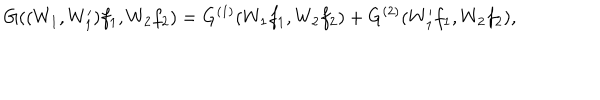
G ( ( W _ { 1 } , W _ { 1 } ^ { \prime } ) f _ { 1 } , W _ { 2 } f _ { 2 } ) = G ^ { ( 1 ) } ( W _ { 1 } f _ { 1 } , W _ { 2 } f _ { 2 } ) + G ^ { ( 2 ) } ( W _ { 1 } ^ { \prime } f _ { 1 } , W _ { 2 } f _ { 2 } ) ,